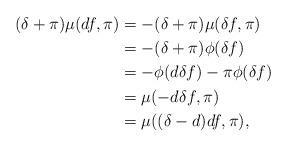
LaTeX: \begin{align*} (\delta+\pi)\mu(df,\pi) &= - (\delta+\pi)\mu(\delta f, \pi)\\&= - (\delta+\pi)\phi(\delta f)\\&= -\phi(d\delta f) -\pi\phi(\delta f)\\&= \mu(-d\delta f, \pi)\\&=\mu( (\delta -d)df, \pi),\end{align*}